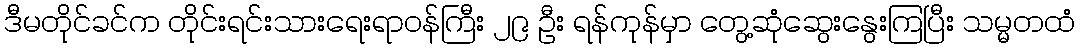
ဒီမတိုင်ခင်က တိုင်းရင်းသားရေးရာဝန်ကြီး ၂၉ ဦး ရန်ကုန်မှာ တွေ့ဆုံဆွေးနွေးကြပြီး သမ္မတထံ